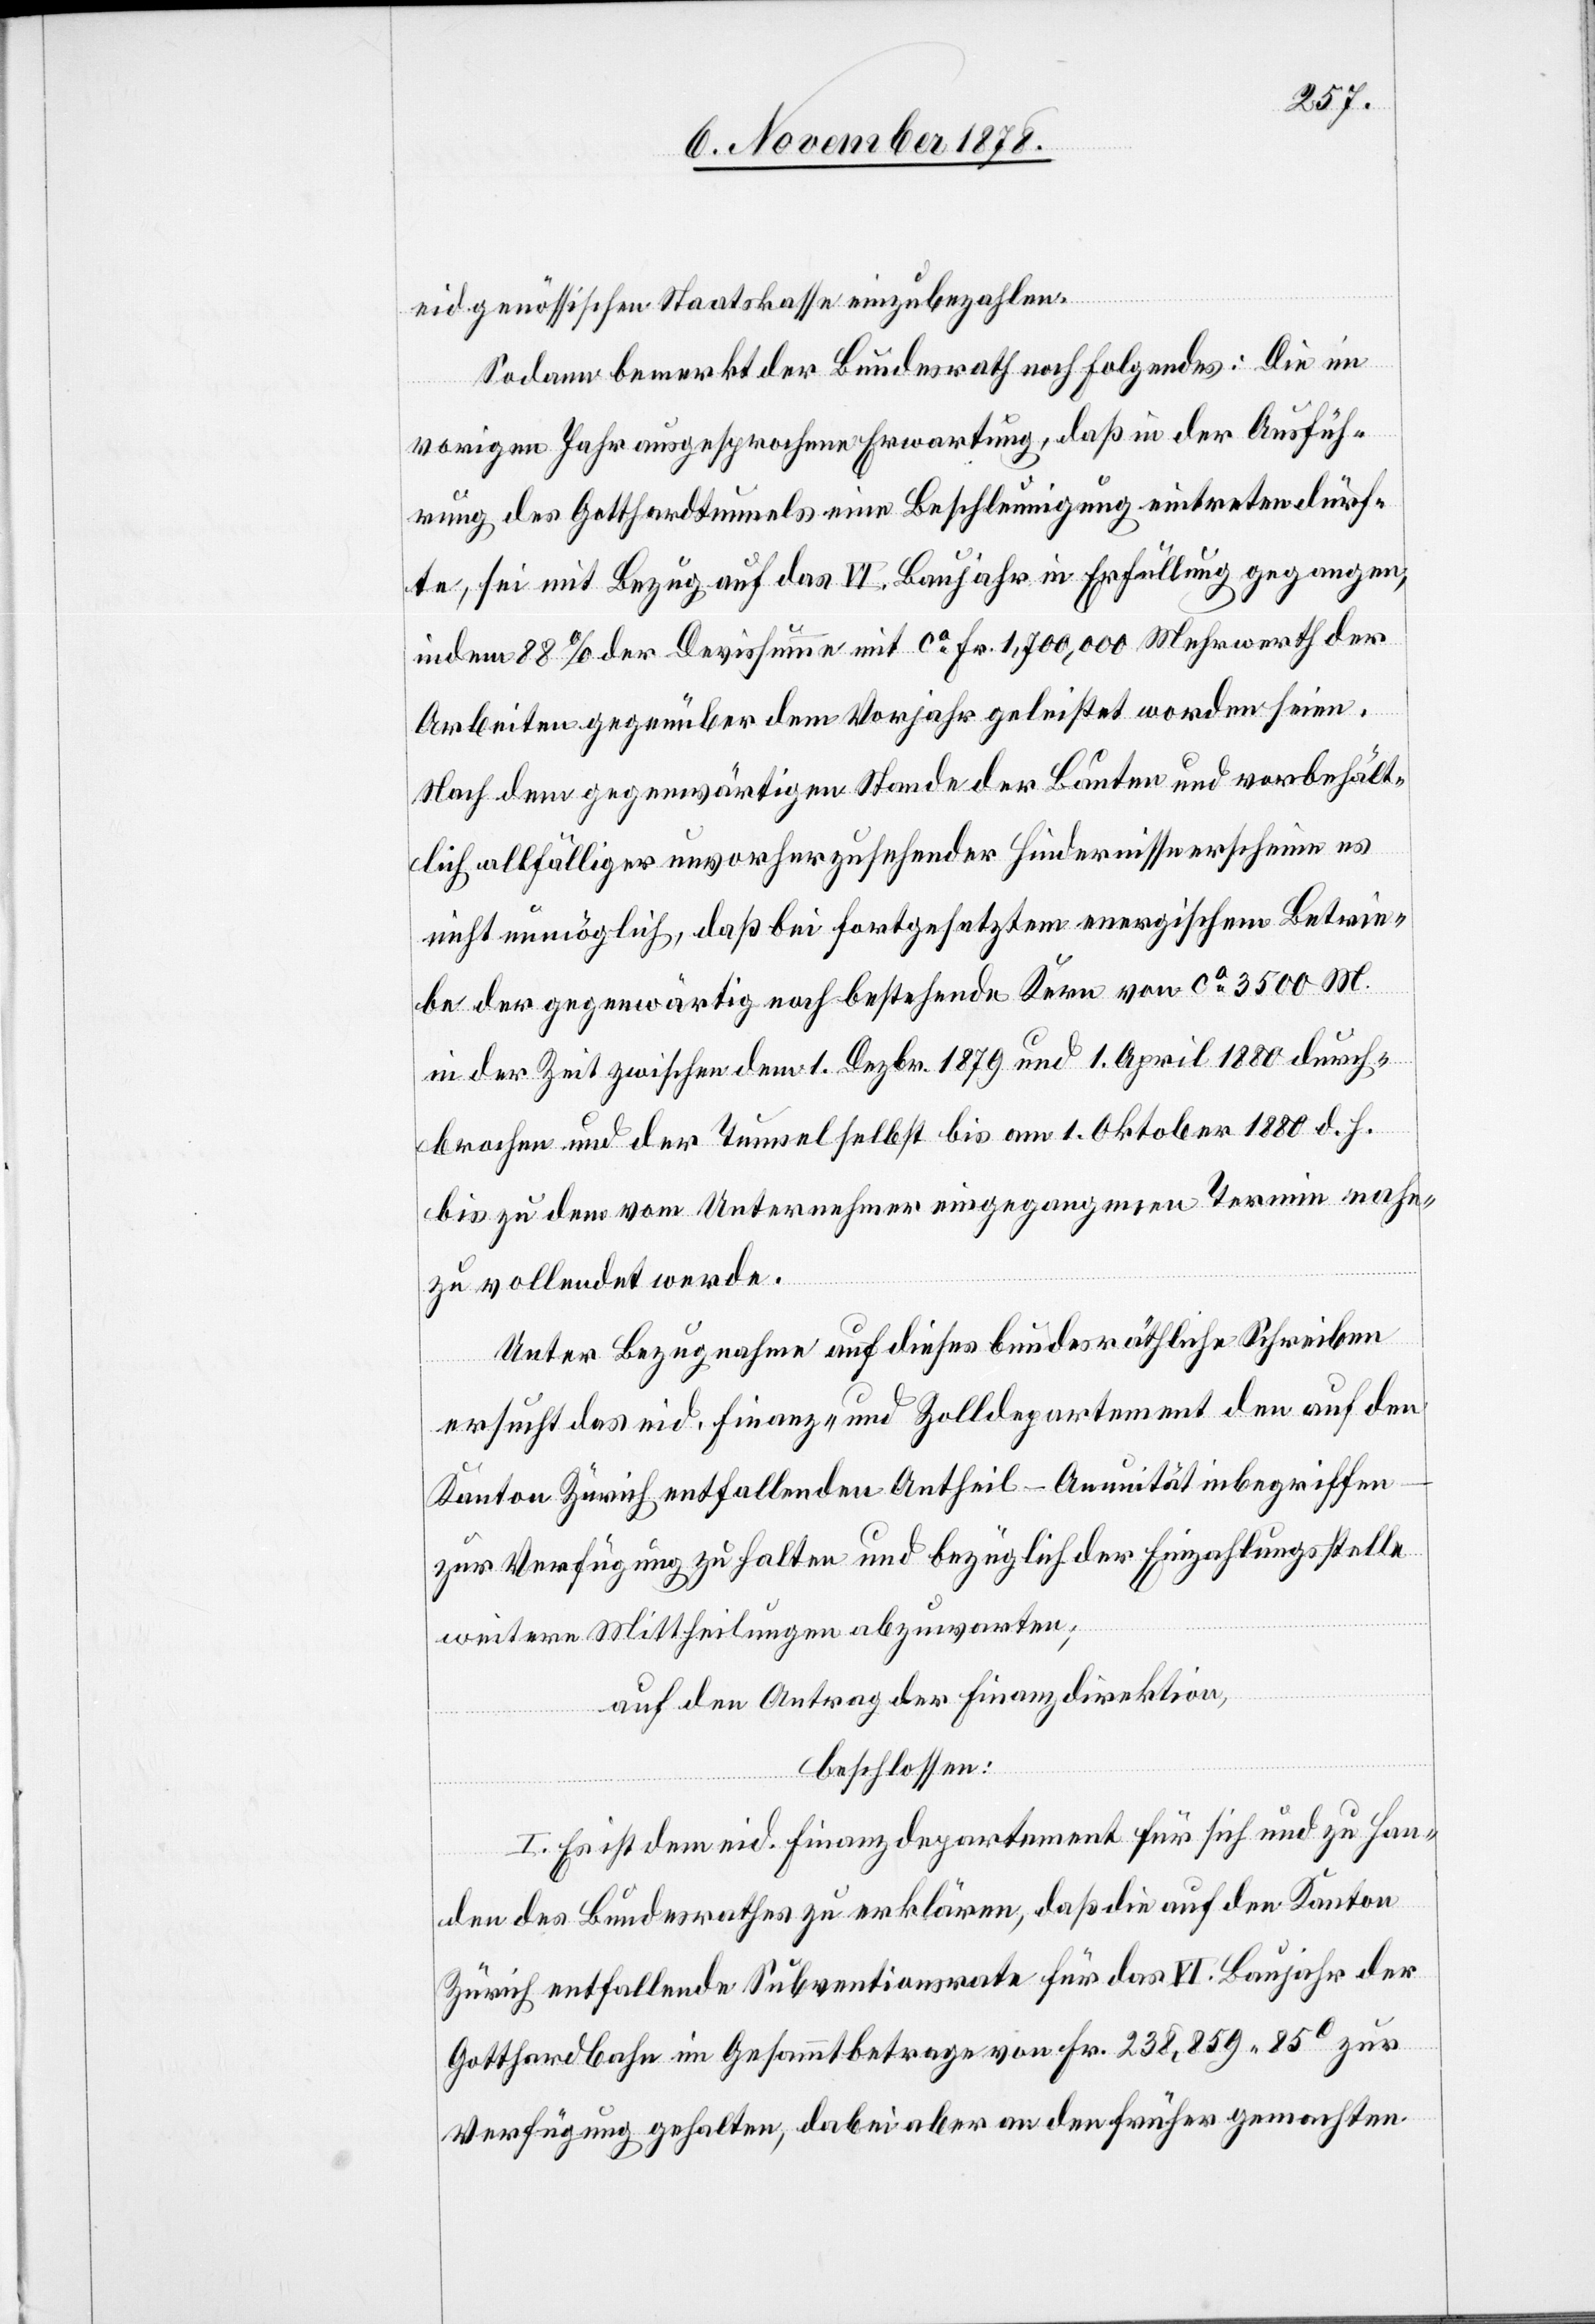
eidgenössischen Staatskasse einzubezahlen.
Sodann bemerkt der Bundesrath noch folgendes: Die im
vorigen Jahr ausgesprochene Erwartung, daß in der Ausfüh¬
rung des Gotthardtunnels eine Beschleunigung eintreten dürf¬
te, sei mit Bezug auf das VI. Baujahr in Erfüllung gegangen,
indem 88% der Devissumme mit ca Fr. 1,700,000 Mehrwerth der
Arbeiten gegenüber dem Vorjahr geleistet worden seien.
Nach dem gegenwärtigen Stande der Bauten und vorbehält¬
lich allfälliger unvorherzusehender Hindernisse erscheine es
nicht unmöglich, daß bei fortgesetztem energischem Betrie¬
be der gegenwärtig noch bestehende Kern von ca 3500 M.
in der Zeit zwischen dem 1. Dezbr. 1879 und 1. April 1880 durch¬
brochen und der Tunnel selbst bis am 1. Oktober 1880 d. h.
bis zu dem vom Unternehmer eingegangenen Termin nahe¬
zu vollendet werde.
Unter Bezugnahme auf dieses bundesräthliche Schreiben
ersucht das eid. Finanz- und Zolldepartement den auf den
Kanton Zürich entfallenden Antheil – Annuität inbegriffen
zur Verfügung zu halten und bezüglich der Einzahlungsstelle
weitere Mittheilungen abzuwarten;
auf den Antrag der Finanzdirektion,
beschlossen:
I. Es ist dem eid. Finanzdepartement für sich und zu Han¬
den des Bundesrathes zu erklären, daß die auf den Kanton
Zürich entfallende Subventionsrate für das VI. Baujahr der
Gotthardbahn im Gesammtbetrage von Fr. 238,859 85C zur
Verfügung gehalten, dabei aber den früher gemachten